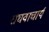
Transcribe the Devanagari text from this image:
राघवाचार्य